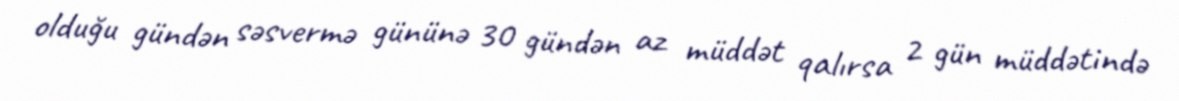
olduğu gündən səsvermə gününə 30 gündən az müddət qalırsa 2 gün müddətində